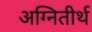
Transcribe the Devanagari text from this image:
अग्‍नितीर्थ